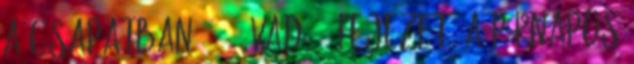
a csapatban : 2. Évad 4. Fejezet: A párnapos